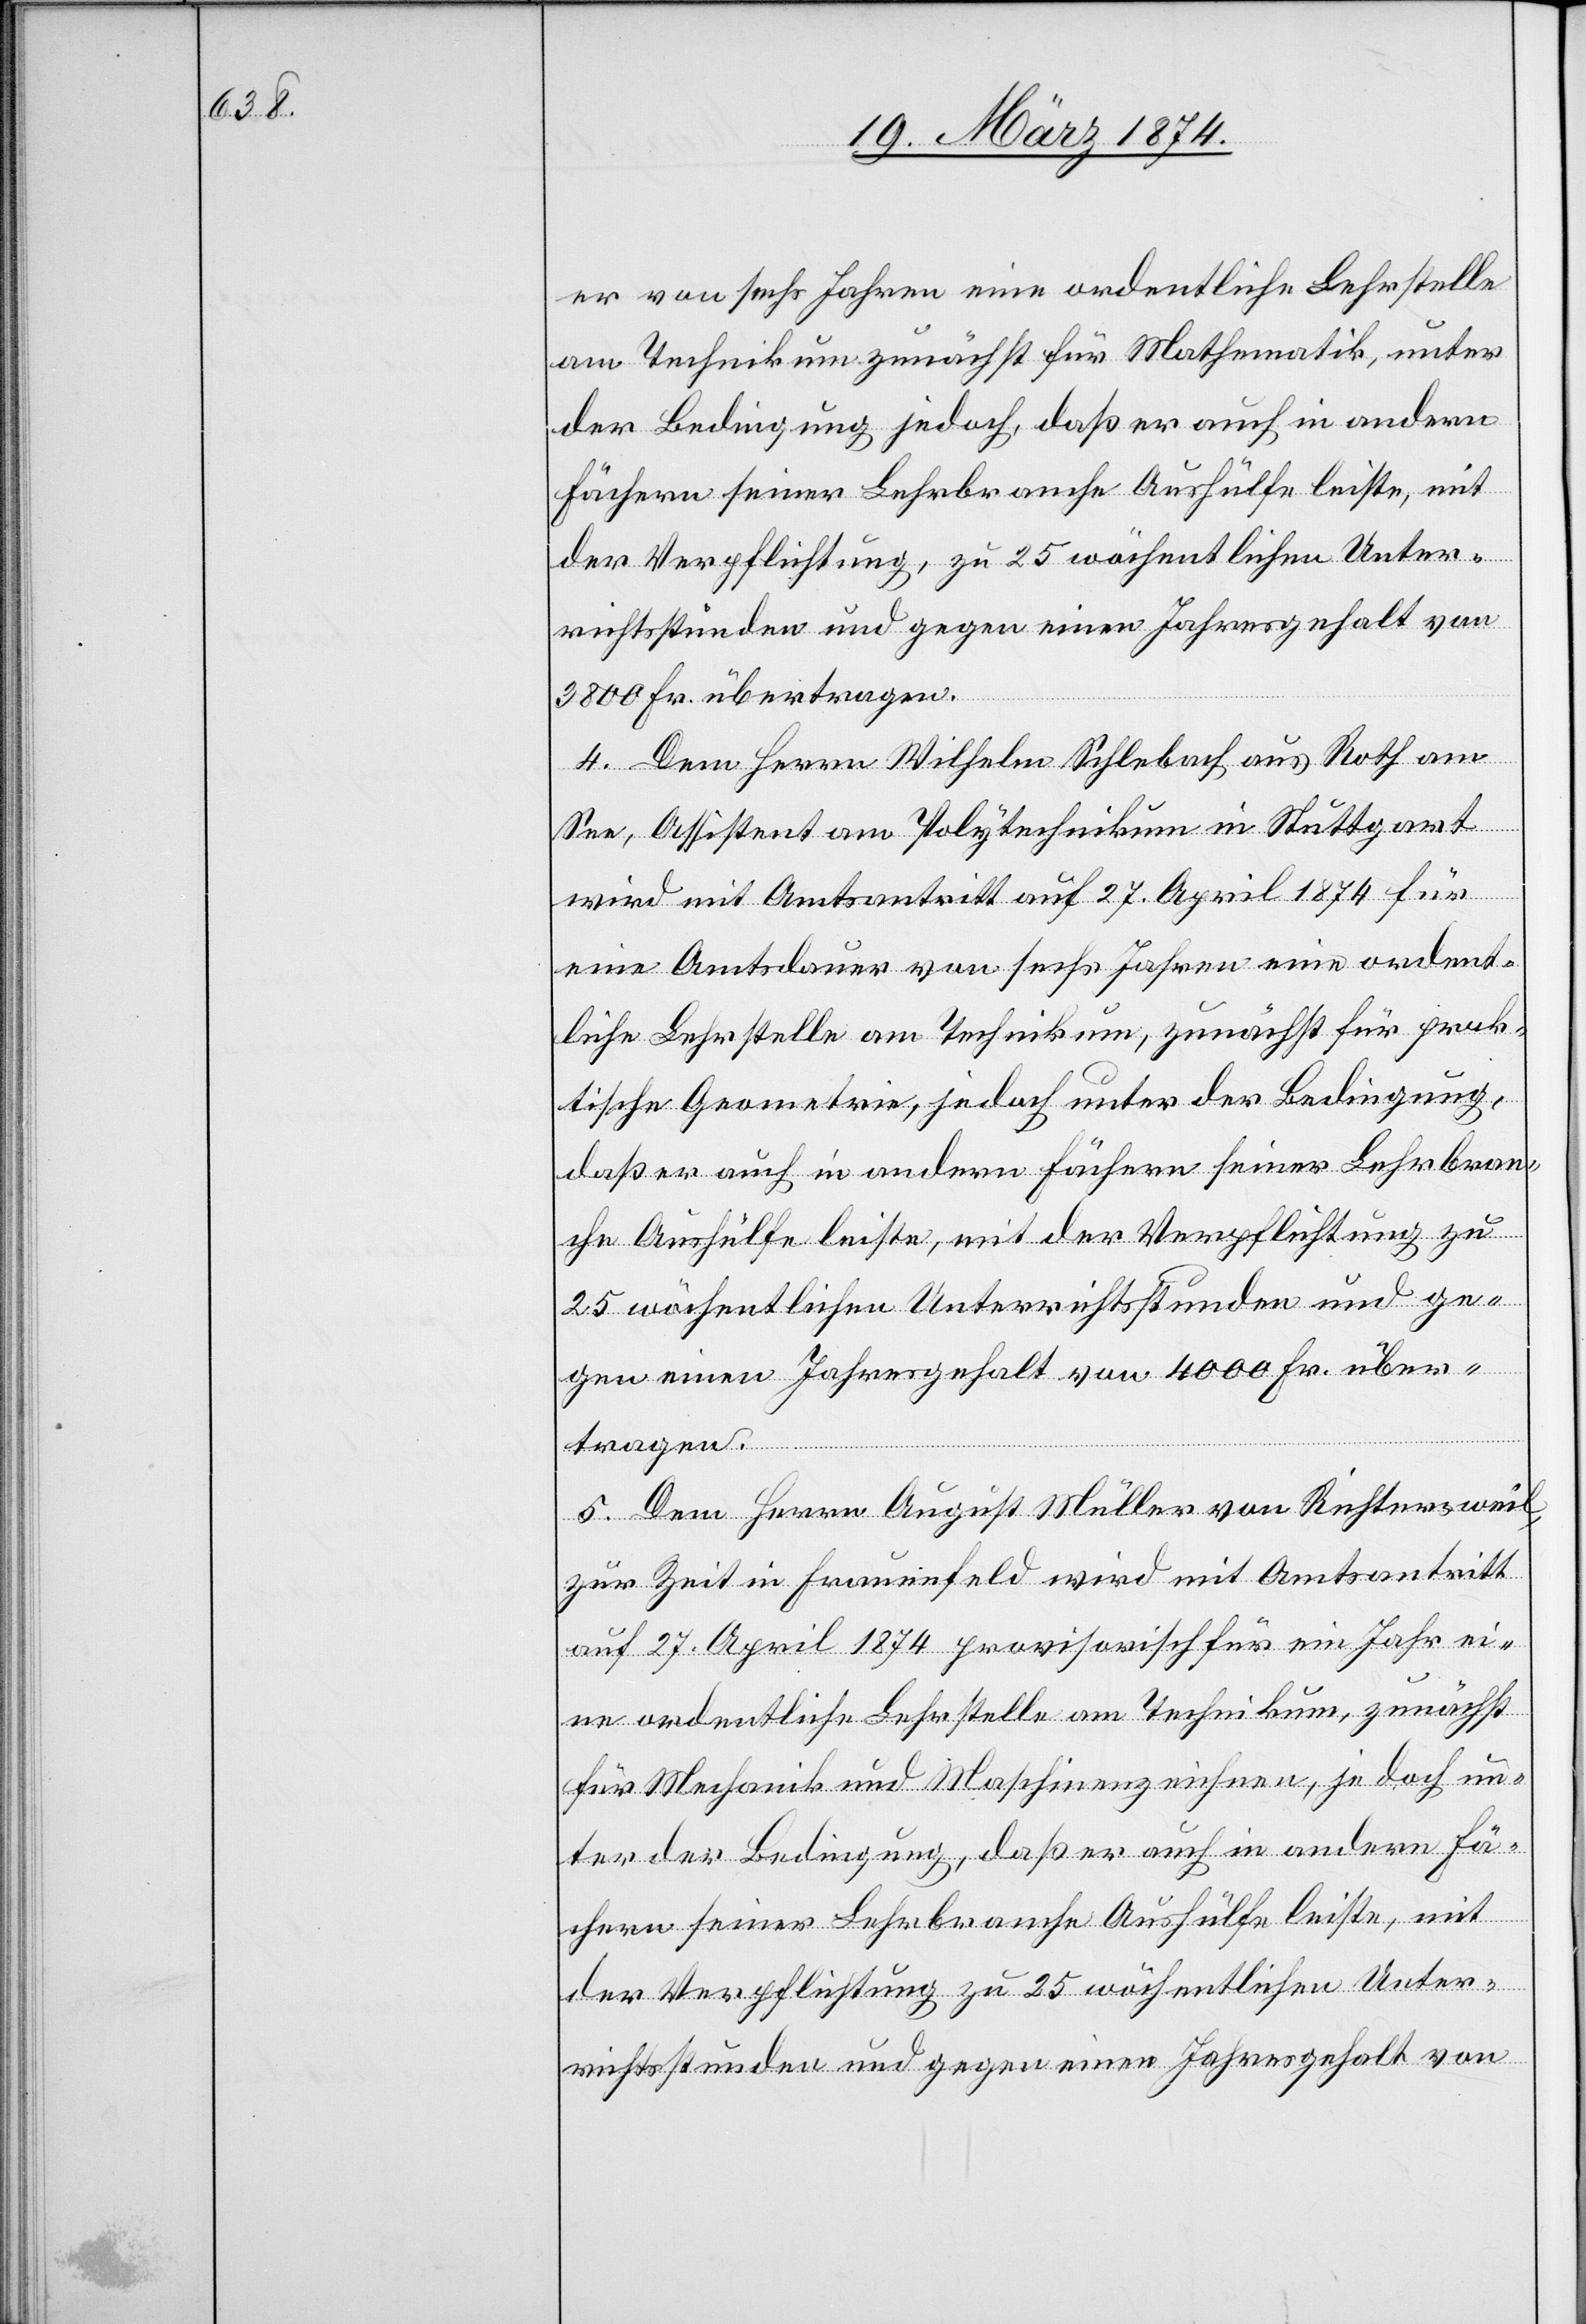
er von sechs Jahren eine ordentliche Lehrstelle
am Technikum zunächst für Mathematik, unter
der Bedingung jedoch, daß er auch in andern
Fächern seiner Lehrbranche Aushülfe leiste mit
der Verpflichtung, zu 25 wöchentlichen Unter¬
richtstunden und gegen einen Jahresgehalt von
3800 Fr. übertagen.
4. Dem Herrn Wilhelm Schlebach aus Roth am
See, Assistenten am Polytechnikum in Stuttgart
wird mit Amtsantritt auf 27. April 1874 für
eine Amtsdauer von sechs Jahren eine ordent¬
liche Lehrstelle am Technikum, zunächst für prak¬
tische Geometrie, jedoch unter der Bedingung,
daß er auch in andern Fächern seiner Lehrbran¬
che Aushilfe leiste, mit der Verpflichtung zu
25 wöchentlichen Unterrichtsstunden und ge¬
gen einen Jahresgehalt von 4000 Fr. über¬
tragen.
5. Dem Herrn August Müller von Richtersweil,
zur Zeit in Frauenfeld wird mit Amtsantritt
auf 27. April 1874 provisorisch für ein Jahr ei¬
ne ordentliche Lehrstelle am Technikum, zunächst
für Mechanik und Maschinenzeichnen, jedoch un¬
ter der Bedingung, daß er auch in andern Fä¬
chern seiner Lehrbranche Aushülfe leiste, mit
der Verpflichtung zu 25 wöchentlichen Unter¬
richtsstunden und gegen einen Jahresgehalt von